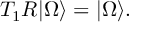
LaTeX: T _ { 1 } R \vert \Omega \rangle = \vert \Omega \rangle .